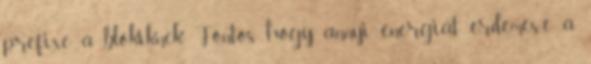
prefixe a blökiknek. Fontos, hogy annyi energiát érdemes-e a